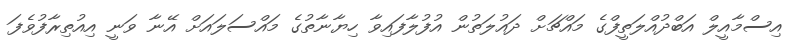
އިސްމާއީލް އަބްދުއްލަތީފްގެ މައްޗަށް ދައުލަތުން އުފުލާފައިވާ ހިޔާނާތުގެ މައްސަލައަށް އޭނާ ވަނީ އިއުތިރާފުވެފަ